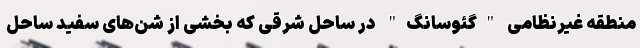
منطقه غیرنظامی "گئوسانگ" در ساحل شرقی که بخشی از شن‌های سفید ساحل